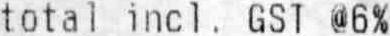
TOTAL INCO. GST @6%